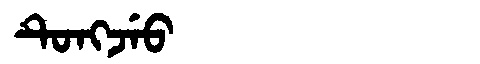
Manchu: ᡨᡠᠩᠵᡝᠣ
Romanization: TUNGJEO